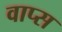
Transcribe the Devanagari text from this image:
वाप्स